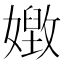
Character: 𡢝